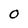
Character: 0